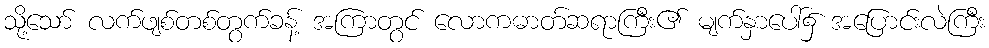
သို့သော် လက်ဖျစ်တစ်တွက်ခန့် အကြာတွင် လောကဓာတ်ဆရာကြီး၏ မျက်နှာပေါ်၌ အပြောင်းလဲကြီး